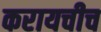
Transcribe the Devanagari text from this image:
करायचीच